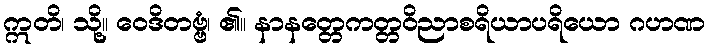
ဣတိ၊ သို့။ ဝေဒိတဗ္ဗံ၊ ၏။ နာနတ္တေကတ္တဝိညာစရိယာပရိယော ဂဟဏ